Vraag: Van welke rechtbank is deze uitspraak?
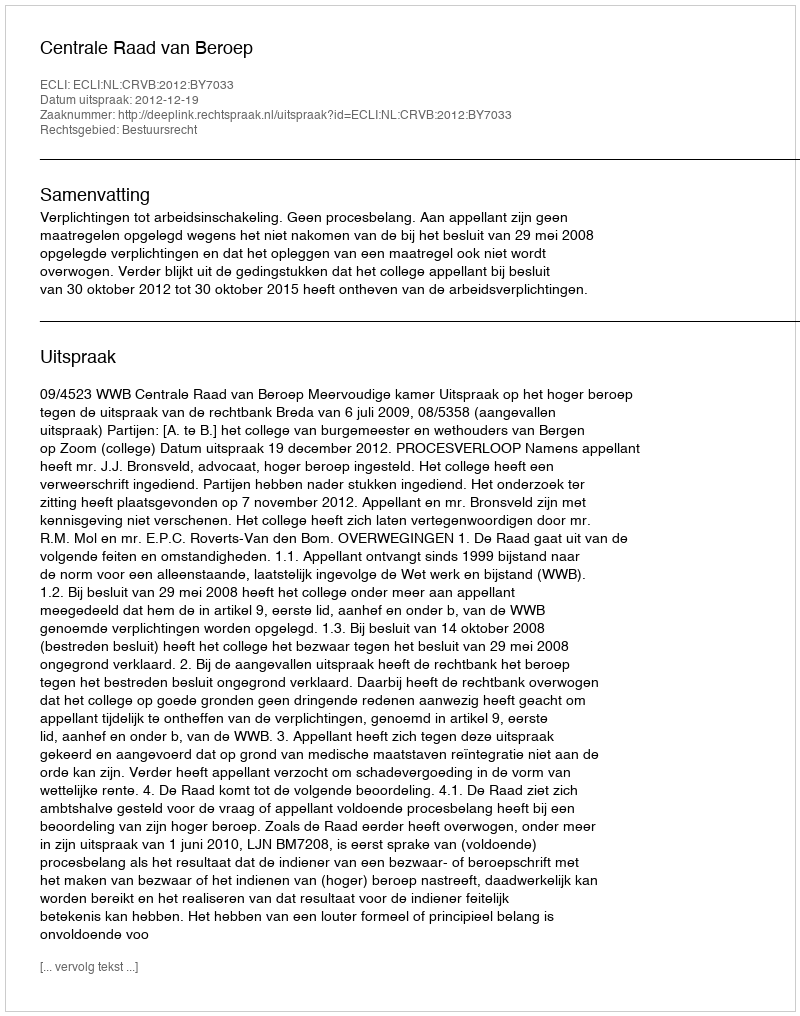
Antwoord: Centrale Raad van Beroep